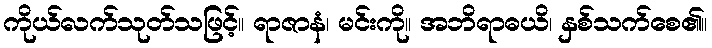
ကိုယ်လက်သုတ်သဖြင့်။ ရာဇာနံ၊ မင်းကို။ အဘိရာဓယိ၊ နှစ်သက်စေ၏။